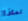
لماذا